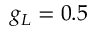
g _ { L } = 0 . 5